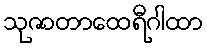
သုဇာတာထေရီဂါထာ